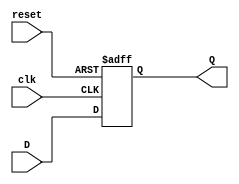
module dff(
input D,
input clk,
input reset,
output reg Q
);
always @ (posedge(clk), posedge(reset))
begin
if (reset == 1)
Q <= 1'b0;
else
Q <= D;
end
endmodule

module clk_divider(
input clk,
input reset,
output clk_en
);
wire [27:0] din;
wire [27:0] clkdiv;
dff dff_inst0 (
.clk(clk),
.reset(reset),
.D(din[0]),
.Q(clkdiv[0])
);
genvar i;
generate
for (i = 1; i < 27; i=i+1)
begin : dff_gen_label
dff dff_inst (
.clk(clkdiv[i-1]),
.reset(reset),
.D(din[i]),
.Q(clkdiv[i])
);
end
endgenerate
assign din = ~clkdiv;
assign clk_en = clkdiv[26];
endmodule




module counter(clk,reset,up,down,salida,increasevalue,out,enable);
input [3:0] increasevalue;
input clk,reset,up,down;
output reg [3:0] enable;
output reg [6:0] out;
output wire [6:0] salida;
wire clk_en;
reg [6:0] number;

reg [3:0] LED_BCD;
reg [19:0] refresh_counter; 
wire [1:0] LED_activating_counter; 


reg [2:0] current_state,next_state;
parameter S0 = 3'b000;
parameter S1 = 3'b001;
parameter S2 = 3'b010;
parameter S3 = 3'b011;
parameter S4 = 3'b100;
parameter S5 = 3'b101;
parameter S6 = 3'b110;

clk_divider clk_enable(clk,reset,clk_en);
always @(posedge clk_en, posedge reset)begin
    if(reset) begin
        current_state <= S0;
    end
    else
        current_state <= next_state;
end

always @(current_state, up, down)
begin
    next_state = current_state;
    case(current_state)
        S0: begin
            if(up)begin
                next_state = S1;
            end
            else if(down) begin
                next_state = S3;
            end
        end
        S1: begin
            if(~up)begin
                next_state = S2;
            end
            else if(down) begin
                next_state = S3;
            end
        end
        S2: begin
            if(up) begin
                next_state = S1;
            end
            else if(down)begin
                next_state = S3;
            end
            else
                next_state = S5;
        end
        S3: begin
            if(~down) begin
                next_state = S4;
            end
            else if(up) begin
                next_state = S1;
            end
        end
        S4: begin
            if(down) begin
                next_state = S3;
            end
            else if(up) begin
                next_state = S1;
            end
            else
                next_state = S6;
        end
        S5:begin
            if(up) begin
                next_state = S1;
            end
            else if(down) begin
                next_state = S3;
            end
            else
                next_state = S2;
        end
        S6:
            if(up)begin
                next_state = S1;
            end
            else if(down)begin
                next_state = S3;
            end
            else
                next_state = S4;

        default: next_state = S0;
    endcase
end


always @(posedge clk_en)
begin
    case(current_state)
        S0:begin
            number <= 0;
        end
        S1: begin
            if(~up)begin
                number <= (number+increasevalue > 100 ? 0: number + increasevalue);
            end
        end
        S2: begin
            if(~up) begin
                number <= (number+increasevalue > 100 ? 0: number + increasevalue);
            end
        end
        S3: begin
            if(~down) begin
                number <= (number-increasevalue > 100 ? 100:number -increasevalue);
            end
        end
        S4: begin
            if(~down) begin
                number <= (number-increasevalue > 100 ? 100:number -increasevalue);
            end
        end
        S5:begin
            if(~up) begin
                number <= (number+increasevalue > 100 ? 0: number + increasevalue);
            end
        end
        S6:begin
            if(~down) begin
                number <= (number- increasevalue> 100 ? 100:number -increasevalue);
            end
        end
    endcase
end

assign salida = number;

        always @(posedge clk or posedge reset)
    begin 
        if(reset==1)
            refresh_counter <= 0;
        else
            refresh_counter <= refresh_counter + 1;
    end 
    assign LED_activating_counter = refresh_counter[19:18];
    always @(*)
    begin
        case(LED_activating_counter)
        2'b10: begin
            enable = 4'b1101; 
            LED_BCD = ((number % 4096)%256)/16;
        end
        2'b11: begin
            enable = 4'b1110; 
            LED_BCD = ((number % 4096)%256)%16;
        end
        endcase
    end
    always @(*)
    begin
        case(LED_BCD)
            4'b0000 : out<=7'b0000001;    //Display 0
            4'b0001 : out<=7'b1001111;    //Display 1
            4'b0010 : out<=7'b0010010;    //Display 2
            4'b0011 : out<=7'b0000110;    //Display 3
            4'b0100 : out<=7'b1001100;    //Display 4
            4'b0101 : out<=7'b0100100;    //Display 5
            4'b0110 : out<=7'b0100000;    //Display 6
            4'b0111 : out<=7'b0001111;    //Display 7
            4'b1000 : out<=7'b0000000;    //Display 8
            4'b1001 : out<=7'b0001100;    //Display 9
            4'b1010 : out<=7'b0001000;    //Display A
            4'b1011 : out<=7'b1100000;    //Display b
            4'b1100 : out<=7'b0110001;    //Display C
            4'b1101 : out<=7'b1000010;    //Display d
            4'b1110 : out<=7'b0110000;    //Display E
            4'b1111 : out<=7'b0111000;    //Display F
        endcase
    end

endmodule